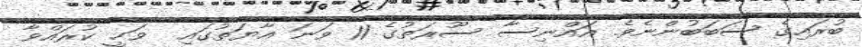
ބުރައިގެ ސަބަބުންނެވެ. އައްނިސާ ސޫރަތުގެ 11 ވަނަ އާޔަތުގައި  ވަޙީ ކުރައްވާ